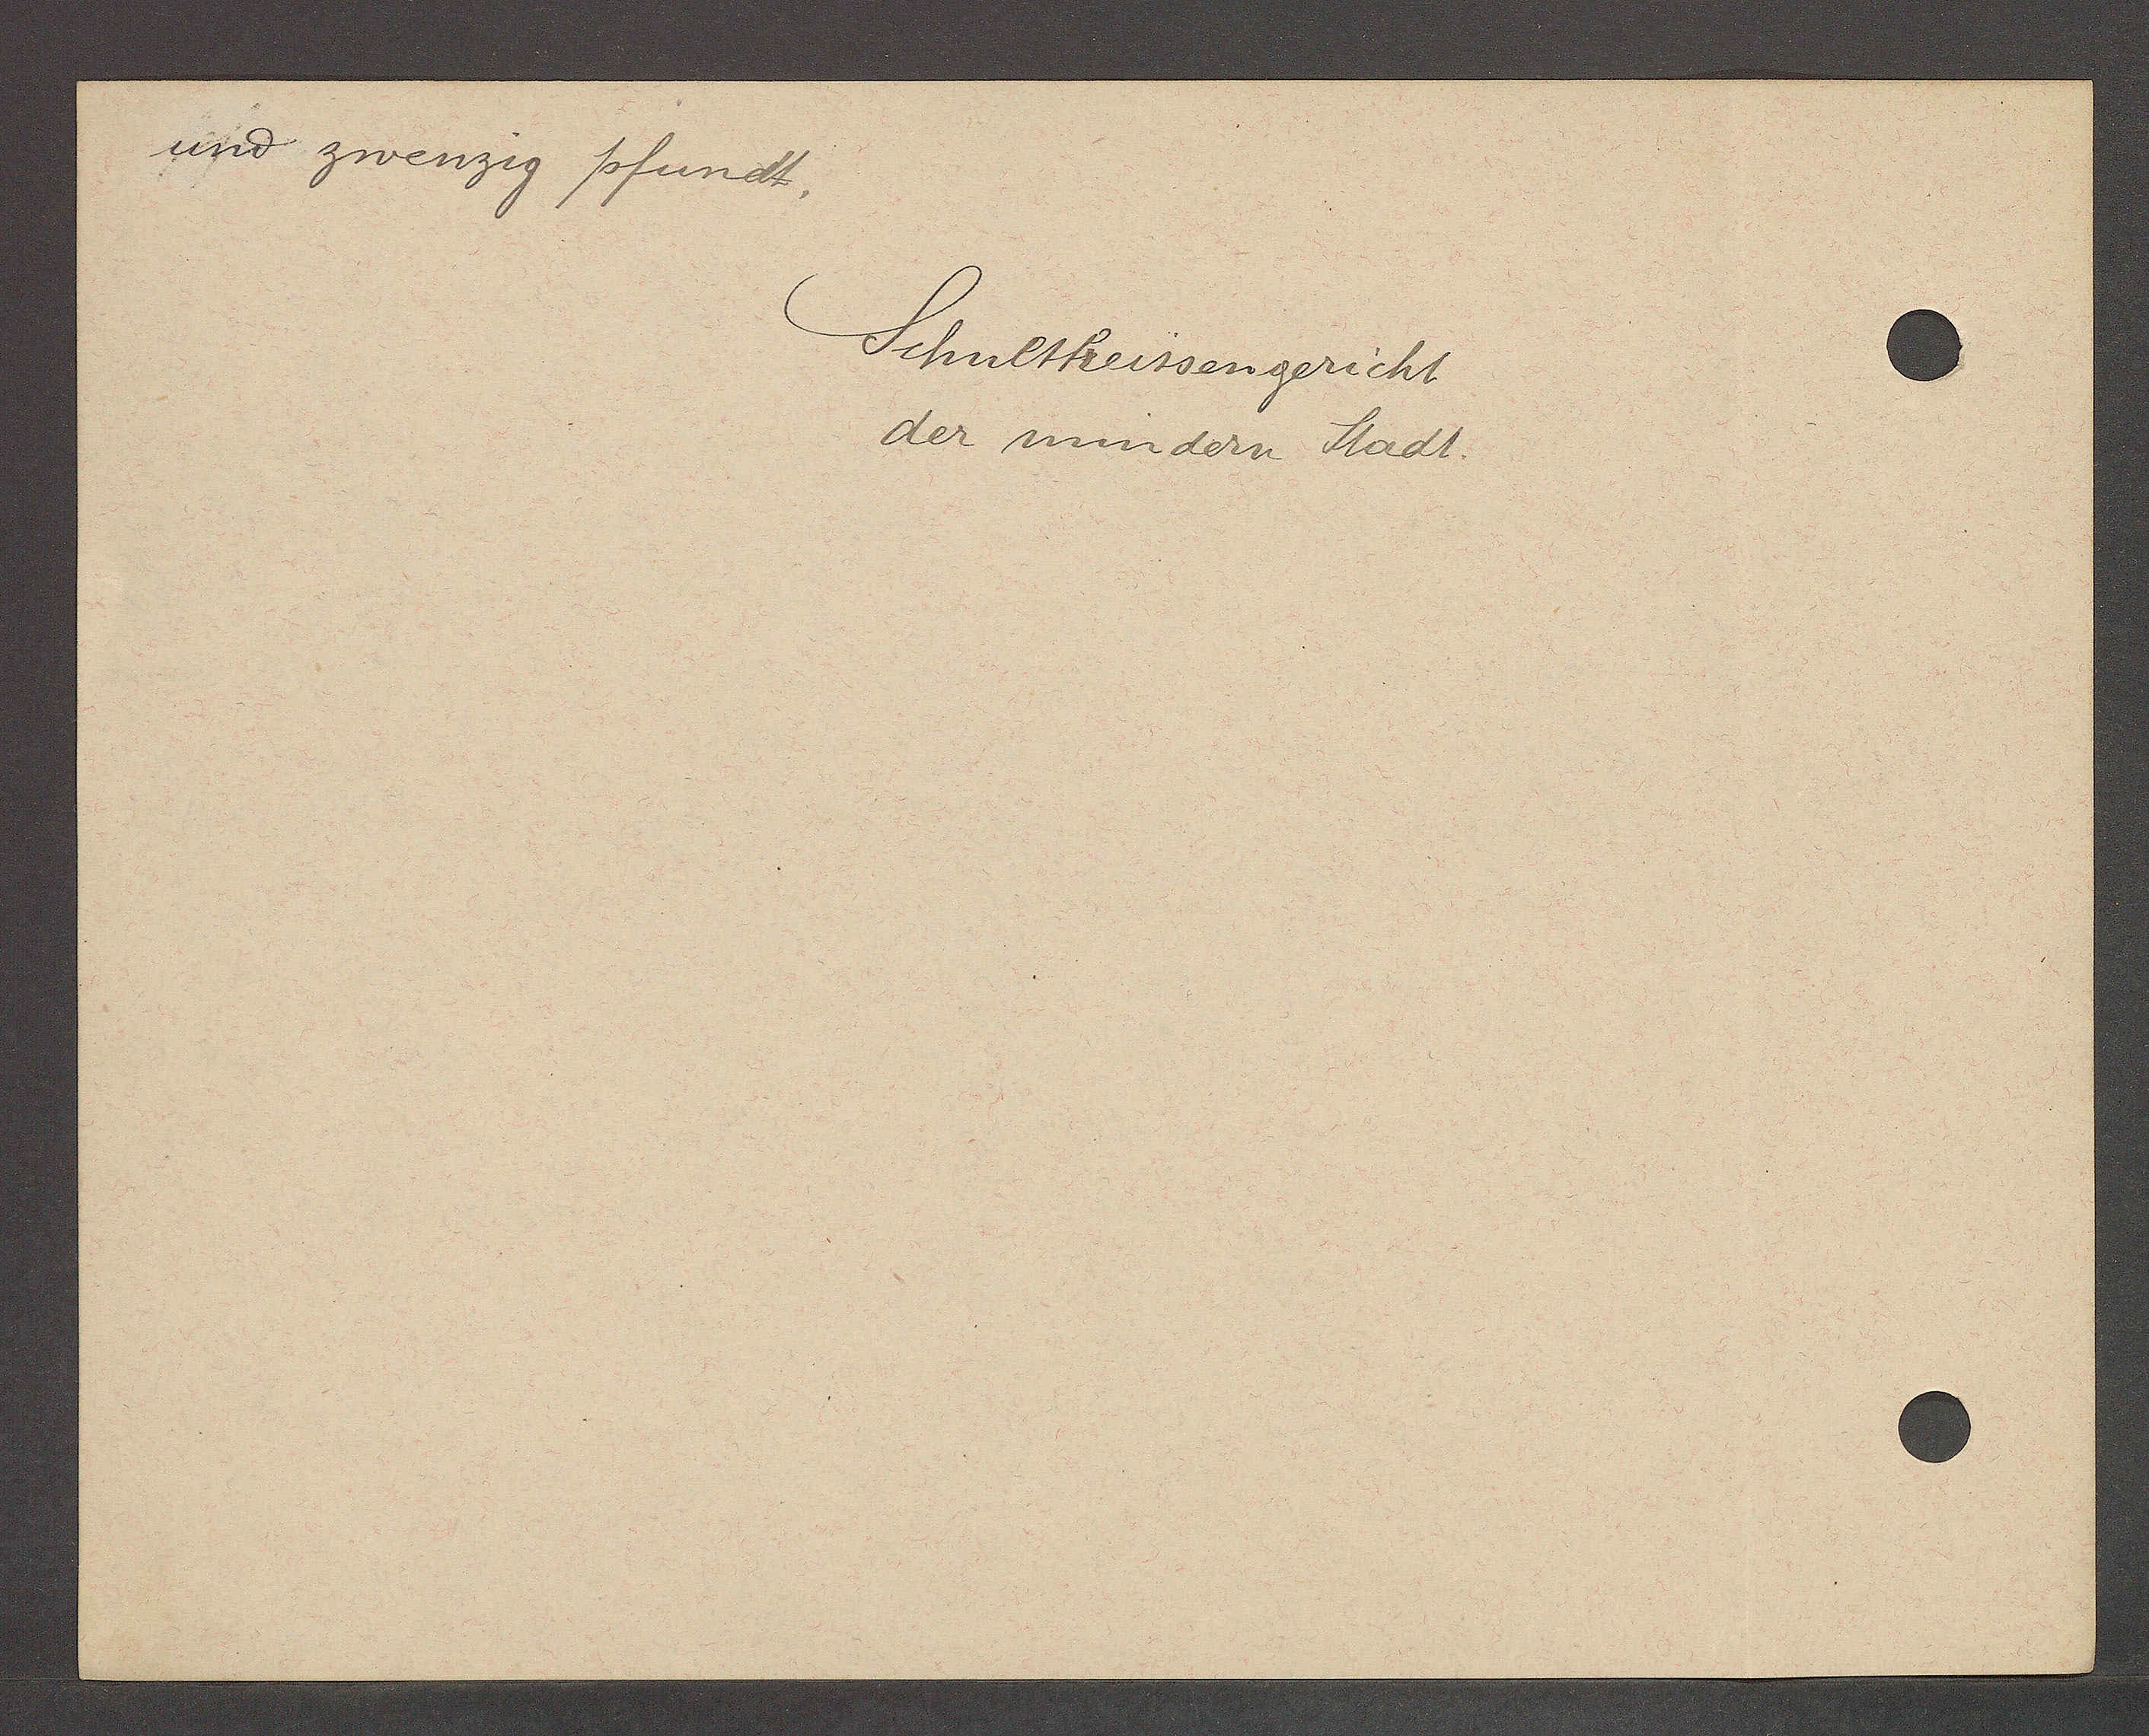
Transcript:
und zwenzig pfundt.

Schultheissengericht
der mindern Stadt.